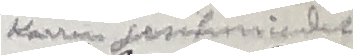
kant sobtetriendet